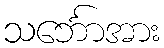
သင်္ဘောအား